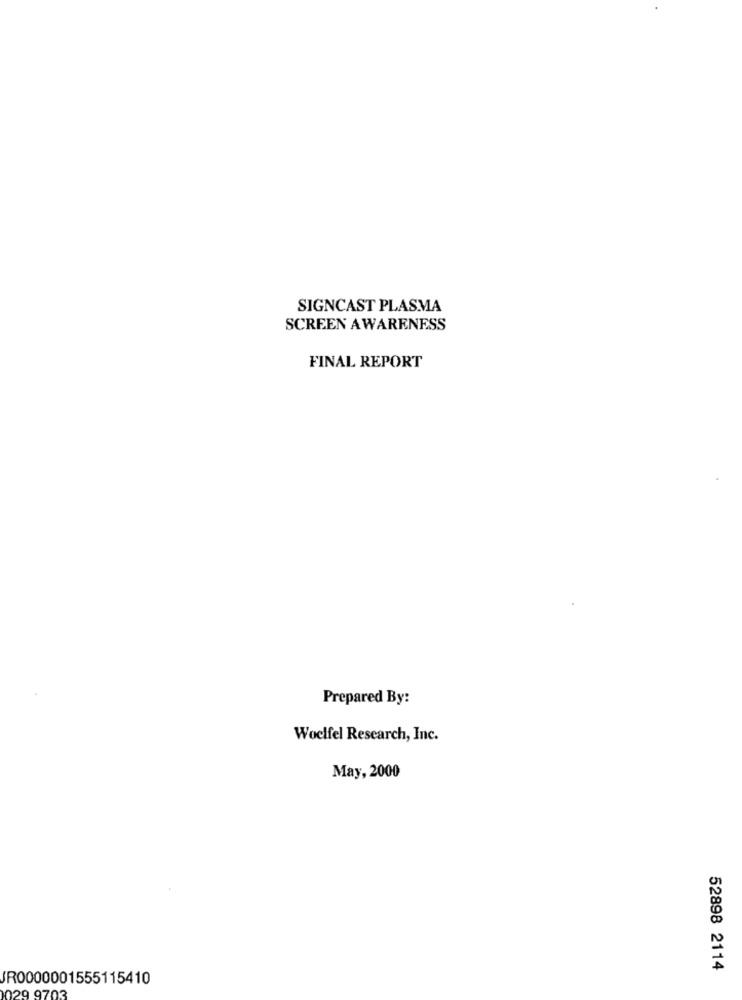
SIGNCAST PLASMA
SCREEN AWARENESS
FINAL REPORT
Prepared By:
Woclfel Research, Inc.
May, 2000
52898 2114
JR0000001555115410
029 9703